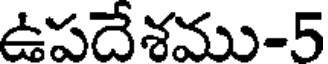
ఉపదేశము-5